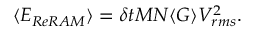
\langle E _ { R e R A M } \rangle = \delta t M N \langle G \rangle V _ { r m s } ^ { 2 } .